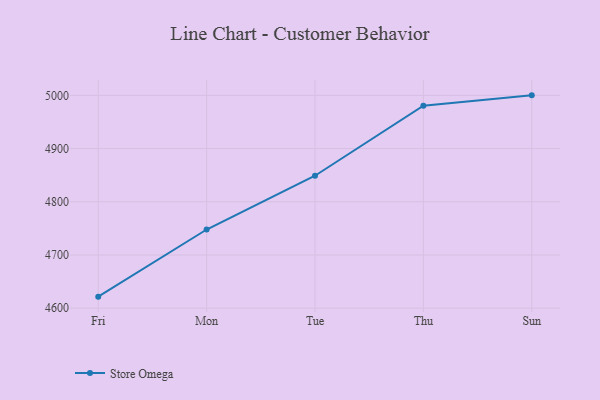
{"axis": {"x": "Day", "y": "Temperature (°C)"}, "legend": ["Store Omega"], "data": [{"x": "Fri", "y": 4621.6, "type": "Store Omega"}, {"x": "Mon", "y": 4747.8, "type": "Store Omega"}, {"x": "Tue", "y": 4848.9, "type": "Store Omega"}, {"x": "Thu", "y": 4980.4, "type": "Store Omega"}, {"x": "Sun", "y": 5000, "type": "Store Omega"}]}